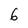
Character: 6